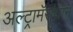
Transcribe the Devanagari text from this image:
अल्ट्रामॅराथॉन